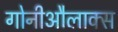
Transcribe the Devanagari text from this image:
गोनीऔलाक्स